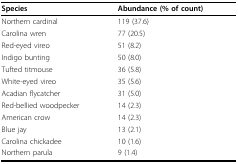
| Species | Abundance (% of count) |
 | --- | --- |
 | Northern cardinal | 119 (37.6) |
 | Carolina wren | 77 (20.5) |
 | Red-eyed vireo | 51 (8.2) |
 | Indigo bunting | 50 (8.0) |
 | Tufted titmouse | 36 (5.8) |
 | White-eyed vireo | 35 (5.6) |
 | Acadian flycatcher | 31 (5.0) |
 | Red-bellied woodpecker | 14 (2.3) |
 | American crow | 14 (2.3) |
 | Blue jay | 13 (2.1) |
 | Carolina chickadee | 10 (1.6) |
 | Northern parula | 9 (1.4) |